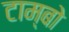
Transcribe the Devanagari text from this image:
टाम्बो